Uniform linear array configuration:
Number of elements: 4
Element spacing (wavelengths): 0.75
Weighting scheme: exponential
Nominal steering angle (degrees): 60
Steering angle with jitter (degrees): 58.444
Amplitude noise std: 0.05
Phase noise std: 0.05

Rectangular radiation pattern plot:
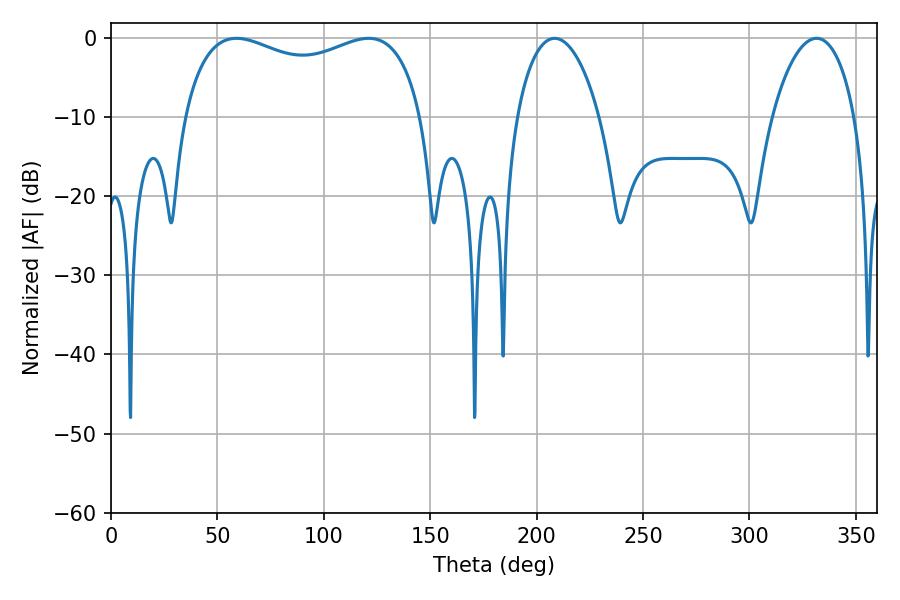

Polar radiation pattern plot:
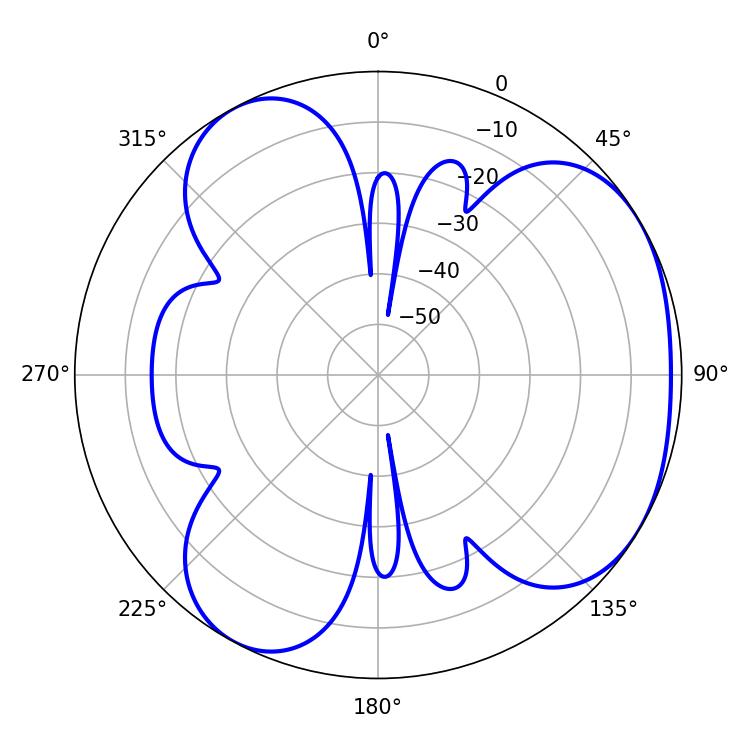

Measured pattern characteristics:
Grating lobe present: TRUE
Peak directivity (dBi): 3.973
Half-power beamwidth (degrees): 21.96
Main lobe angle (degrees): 208.44